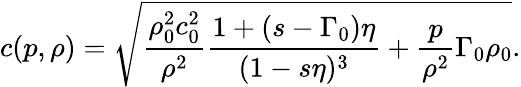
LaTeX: c(p,\rho)=\sqrt{\frac{\rho_{0}^{2}c_{0}^{2}}{\rho^{2}}\frac{1+(s-\Gamma_{0})\eta}{(1-s\eta)^{3}}+\frac{p}{\rho^{2}}\Gamma_{0}\rho_{0}}.